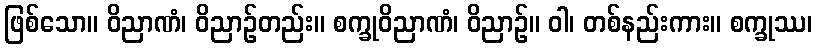
ဖြစ်သော။ ဝိညာဏံ၊ ဝိညာဉ်တည်း။ စက္ခုဝိညာဏံ၊ ဝိညာဉ်။ ဝါ၊ တစ်နည်းကား။ စက္ခုဿ၊